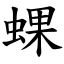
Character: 蜾